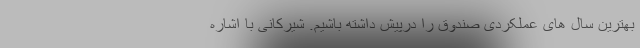
بهترین سال های عملکردی صندوق را درپیش داشته باشیم. شیرکانی با اشاره